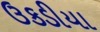
ઉકડીયા